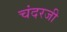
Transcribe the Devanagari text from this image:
चंदरजी